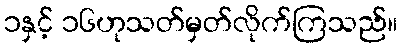
၁နှင့် ၁၆ဟုသတ်မှတ်လိုက်ကြသည်။